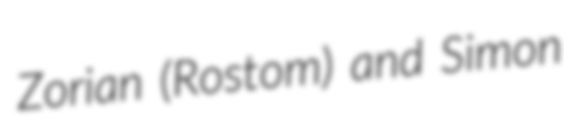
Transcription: Zorian (Rostom) and Simon